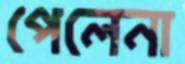
পেলেনা